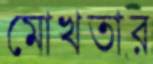
মোখতার